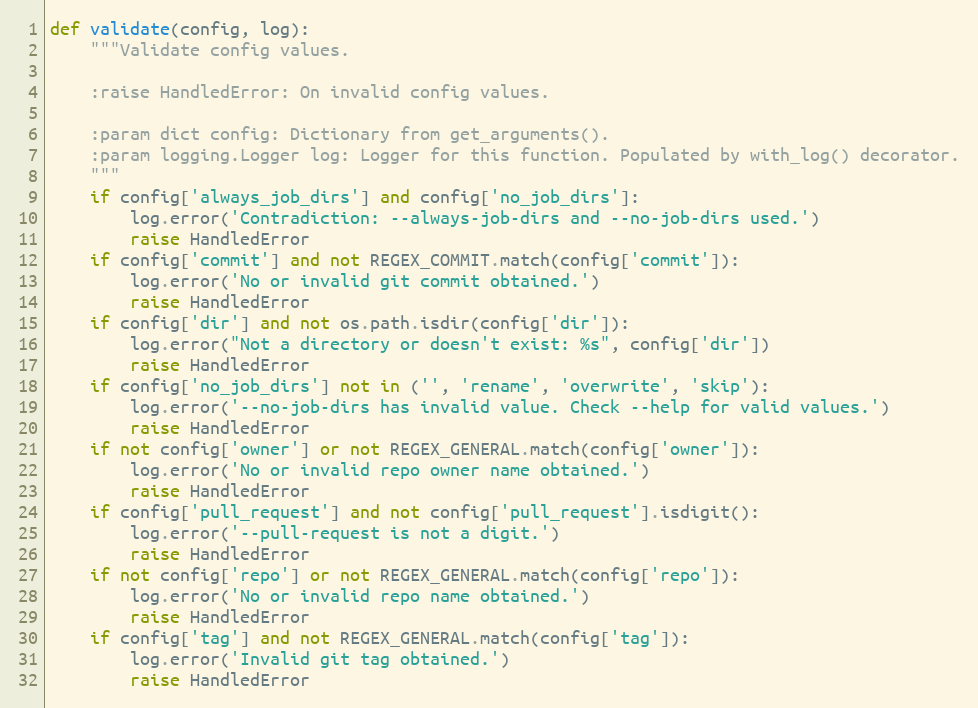
Language: Python
def validate(config, log):
    """Validate config values.

    :raise HandledError: On invalid config values.

    :param dict config: Dictionary from get_arguments().
    :param logging.Logger log: Logger for this function. Populated by with_log() decorator.
    """
    if config['always_job_dirs'] and config['no_job_dirs']:
        log.error('Contradiction: --always-job-dirs and --no-job-dirs used.')
        raise HandledError
    if config['commit'] and not REGEX_COMMIT.match(config['commit']):
        log.error('No or invalid git commit obtained.')
        raise HandledError
    if config['dir'] and not os.path.isdir(config['dir']):
        log.error("Not a directory or doesn't exist: %s", config['dir'])
        raise HandledError
    if config['no_job_dirs'] not in ('', 'rename', 'overwrite', 'skip'):
        log.error('--no-job-dirs has invalid value. Check --help for valid values.')
        raise HandledError
    if not config['owner'] or not REGEX_GENERAL.match(config['owner']):
        log.error('No or invalid repo owner name obtained.')
        raise HandledError
    if config['pull_request'] and not config['pull_request'].isdigit():
        log.error('--pull-request is not a digit.')
        raise HandledError
    if not config['repo'] or not REGEX_GENERAL.match(config['repo']):
        log.error('No or invalid repo name obtained.')
        raise HandledError
    if config['tag'] and not REGEX_GENERAL.match(config['tag']):
        log.error('Invalid git tag obtained.')
        raise HandledError